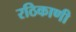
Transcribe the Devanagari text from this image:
रठिकाणी